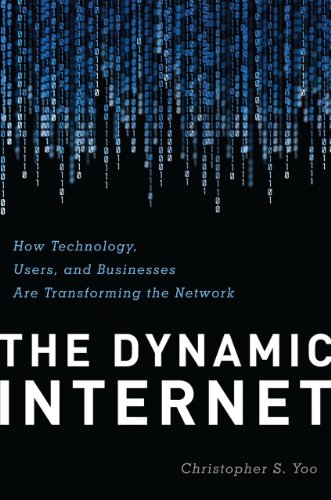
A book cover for The Dynamic Internet: How Technology, Users, and Businesses are Transforming the Network; Christopher Yoo; Business & Money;